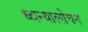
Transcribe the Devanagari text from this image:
ध्वन्यालोचन